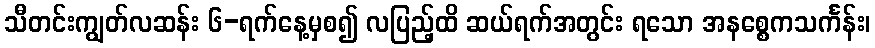
သီတင်းကျွတ်လဆန်း ၆-ရက်နေ့မှစ၍ လပြည့်ထိ ဆယ်ရက်အတွင်း ရသော အနစ္စေကသင်္ကန်း၊